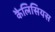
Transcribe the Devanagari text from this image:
कैलिसियस